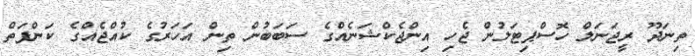
ތިނަދޫ ރީޖަނަލް ހޮސްޕިޓަލުން ޖެހި އިންޖެކްޝަނެއްގެ ސަބަބުން ތިން އަހަރުގެ ކުއްޖެއްގެ ކަންފަތް